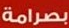
بصرامة